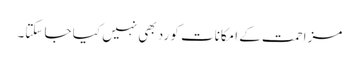
مزاحمت کے امکانات کو رد بھی نہیں کیا جا سکتا۔